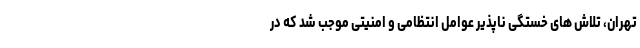
تهران، تلاش های خستگی ناپذیر عوامل انتظامی و امنیتی موجب شد که در